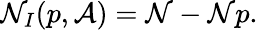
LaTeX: \mathcal{N}_{I}(p,{\mathcal{{A}}})=\mathcal{N}-\mathcal{N}p.